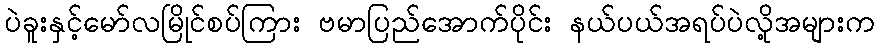
ပဲခူးနှင့်မော်လမြိုင်စပ်ကြား ဗမာပြည်အောက်ပိုင်း နယ်ပယ်အရပ်ပဲလို့အများက